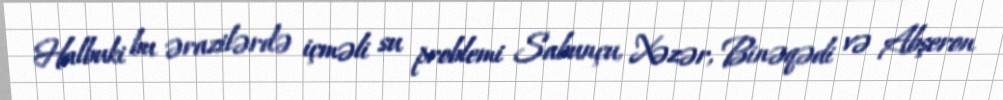
Halbuki bu ərazilərdə içməli su problemi Sabunçu, Xəzər, Binəqədi və Abşeron